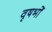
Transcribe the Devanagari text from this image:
वृषभों